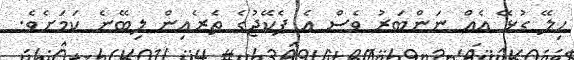
ހިލޭ ގުޅޭ އެއް ނަންބަރު ވެސް އެ ޕެކޭޖުގެ ތެރެއިން ލިބޭނެ ކަމަށެވެ.